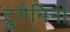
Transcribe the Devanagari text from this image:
ट्रुगैनिनी